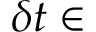
\delta t \in